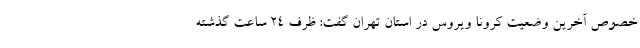
خصوص آخرین وضعیت کرونا ویروس در استان تهران گفت: ظرف ۲۴ ساعت گذشته